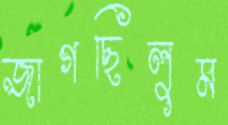
জাগছিলুম